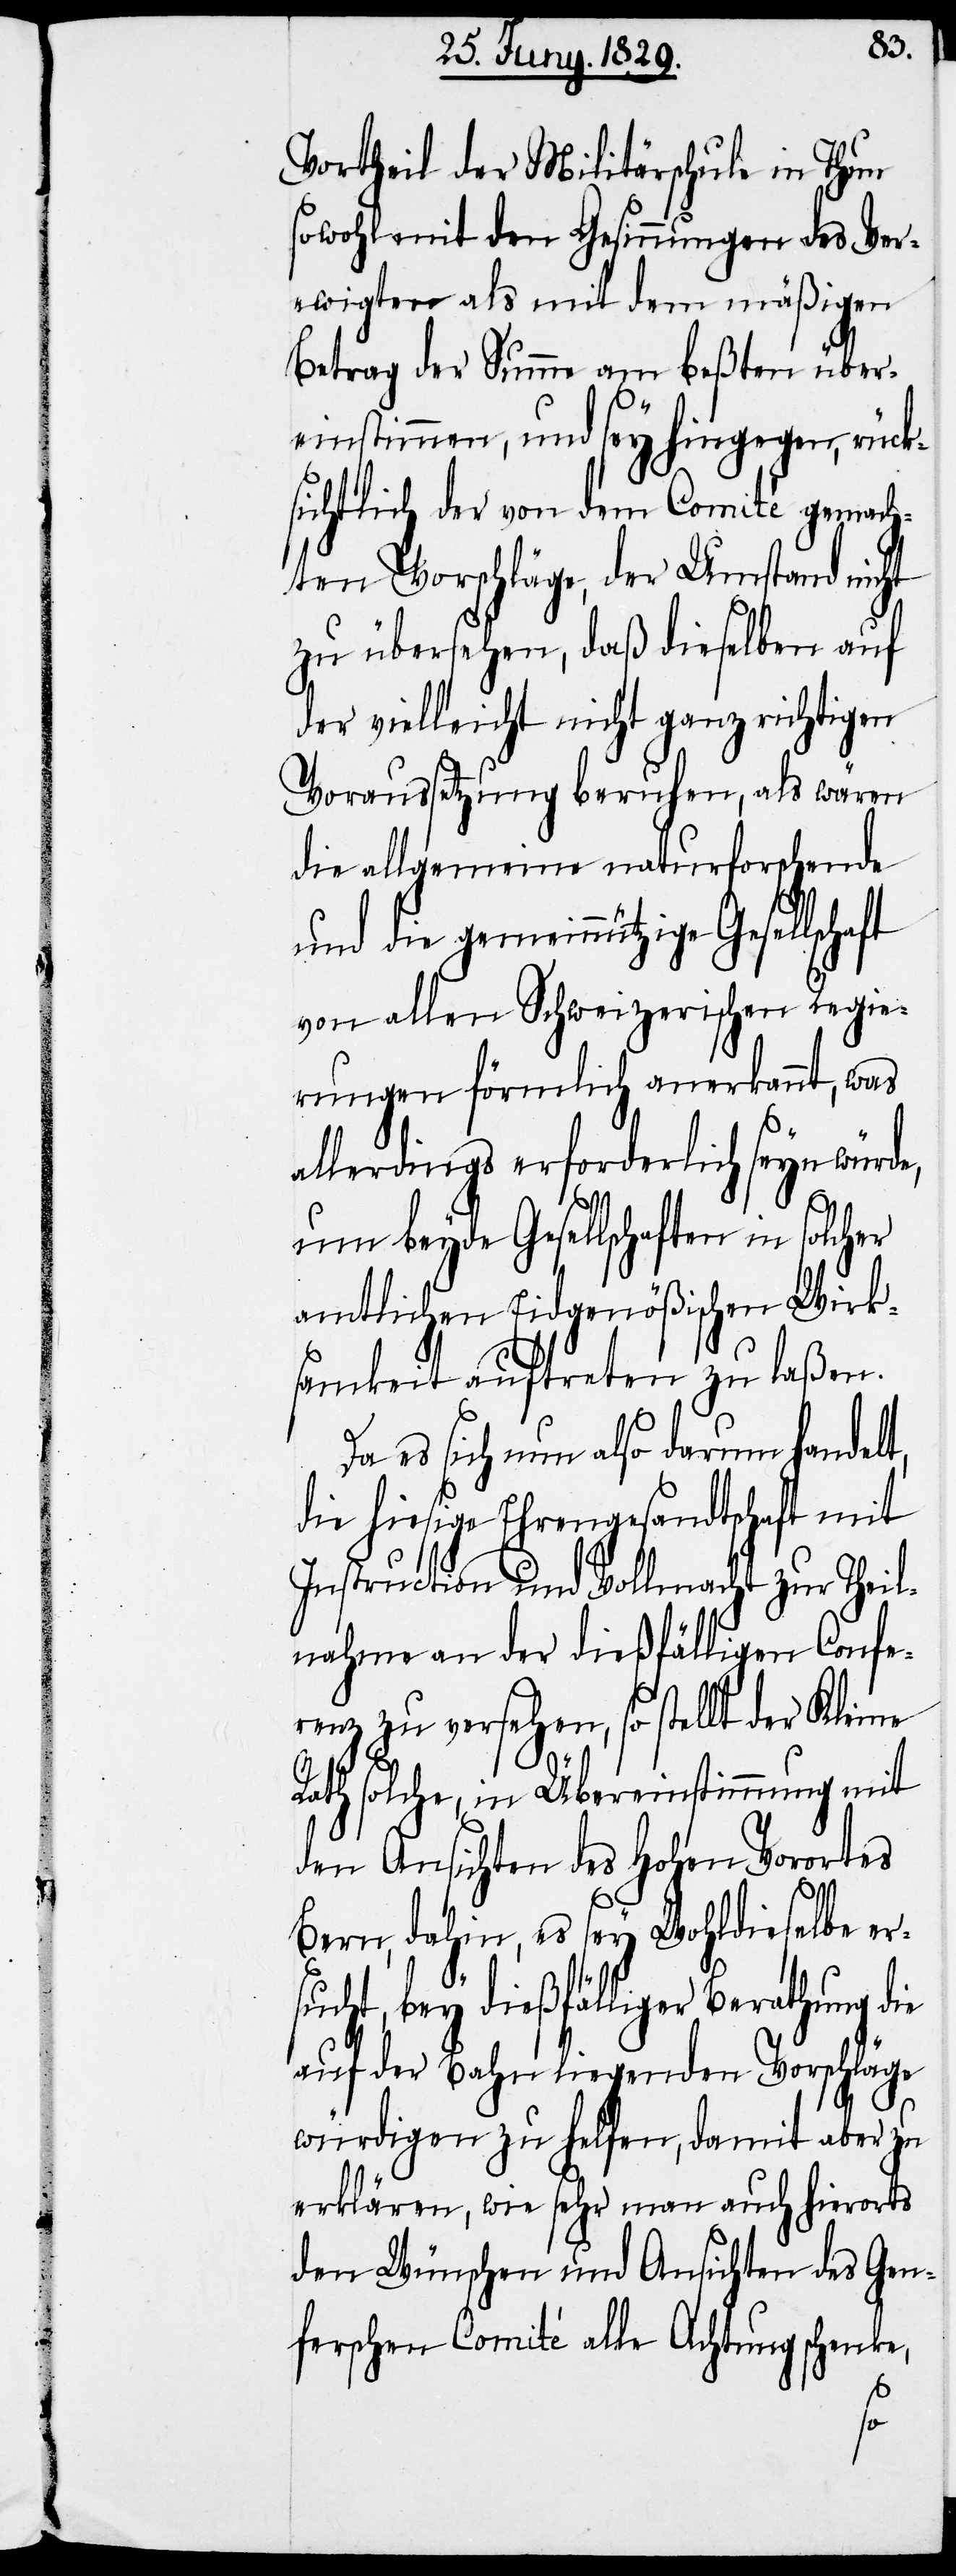
Vortheil der Militärschule in Thun
sowohl mit den Gesinnungen des Ver¬
ewigten als mit dem mäßigen
Betrag der Summe am beßten über¬
einstimmen, und sey hingegen, rück¬
sichtlich der von dem Comité gemach¬
ten Vorschläge, der Umstand nicht
zu übersehen, daß dieselben auf
der vielleicht nicht ganz richtigen
Voraussetzung beruhen, als wären
die allgemeine naturforschende
und die gemeinnützige Gesellscha¬
von allen Schweizerischen Regie¬
rungen förmlich anerkannt, was
allerdings erforderlich seyn würde,
um beyde Gesellschaften in solcher
amtlichen Eidgenößischen Wirk¬
samkeit auftreten zu laßen.
Da es sich nun also darum handelt,
die hiesige Ehrengesandtschaft mit
Instruction und Vollmacht zur Theil¬
nahme an der dießfälligen Confe¬
renz zu versehen, so stellt der Kleine
Rath solche, in Übereinstimmung mit
den Ansichten des Hohen Vorortes
Bern, dahin, es sey Wohldieselbe er¬
sucht, bey dießfälliger Berathung die
auf der Bahn liegenden Vorschläge
ft
würdigen zu helfen, damit aber zu
erklären, wie sehr man auch hierorts
den Wünschen und Ansichten des Gen¬
ferschen Comité alle Achtung schenke,